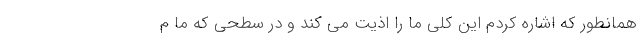
همانطور که اشاره کردم این کلی ما را اذیت می کند و در سطحی که ما م